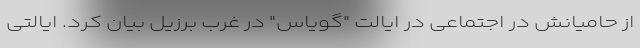
از حامیانش در اجتماعی در ایالت "گویاس" در غرب برزیل بیان کرد. ایالتی